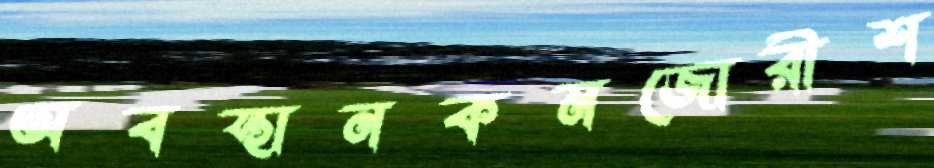
অবস্থানকমজোরীশ